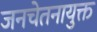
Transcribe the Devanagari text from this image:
जनचेतनायुक्त